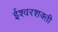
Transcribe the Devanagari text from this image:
ईश्वरशक्ती